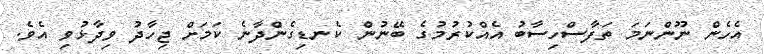
އެހެން ނޫންނަމަ ތަފާސްހިސާބު އެއްކުރުމުގެ ބޭނުން ކެނޑިގެންދާނެ ކަމަށް ޖިހާދު ވިދާޅުވި އެވެ.